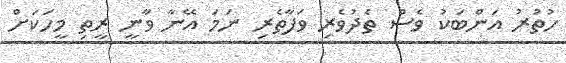
ހުތުރު އަންބަކު ވެސް ތެދުވެރި ވަފާތެރި ނަމަ އޭނާ ވާނީ ރީތި މީހަކަށް